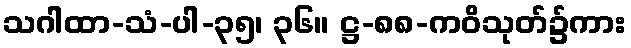
သဂါထာ-သံ-ပါ-၃၅၊ ၃၆။ ဋ္ဌ-၈၈-ကဝိသုတ်၌ကား